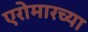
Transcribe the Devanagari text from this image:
एरोमारच्या